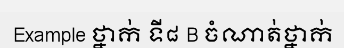
Example ថ្នាក់ ទី៨ B ចំណាត់ថ្នាក់